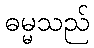
ဓမ္မသည်